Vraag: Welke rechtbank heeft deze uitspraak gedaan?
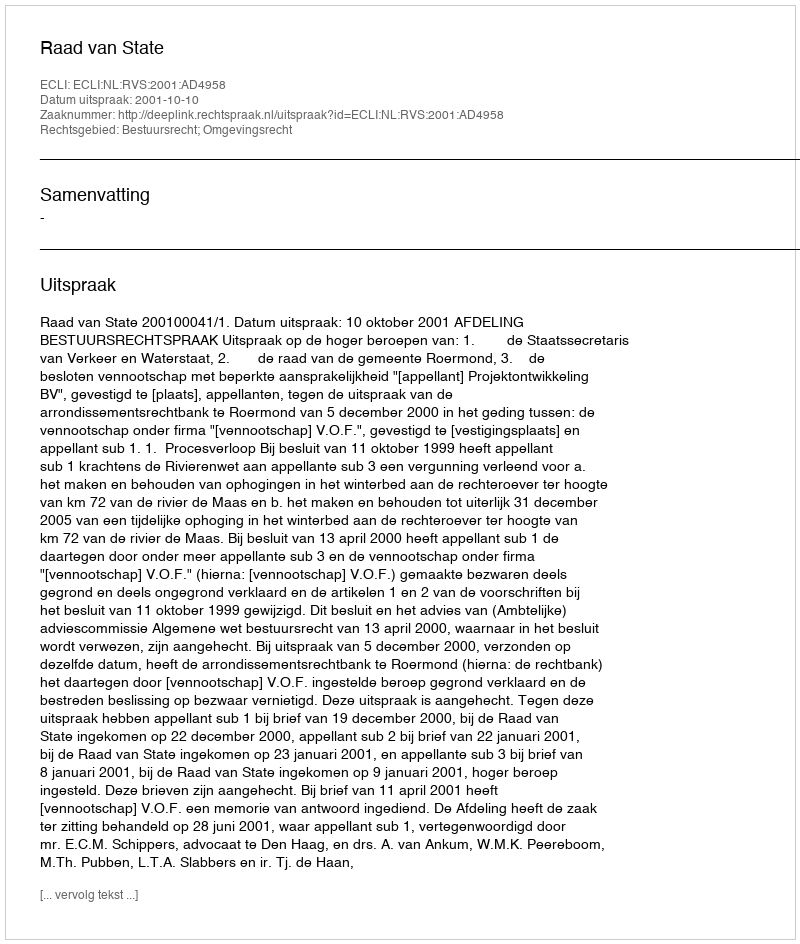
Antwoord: Raad van State